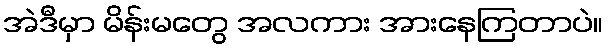
အဲဒီမှာ မိန်းမတွေ အလကား အားနေကြတာပဲ။